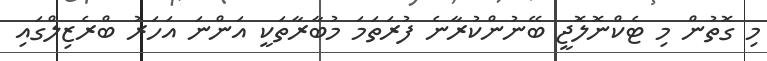
މި ގޮތުން މި ޓެކްނޮލޮޖީ ބޭނުންކުރާނެ ފުރަތަމަ މުބާރާތަކީ އަންނަ އަހަރު ބްރެޒިލްގައި